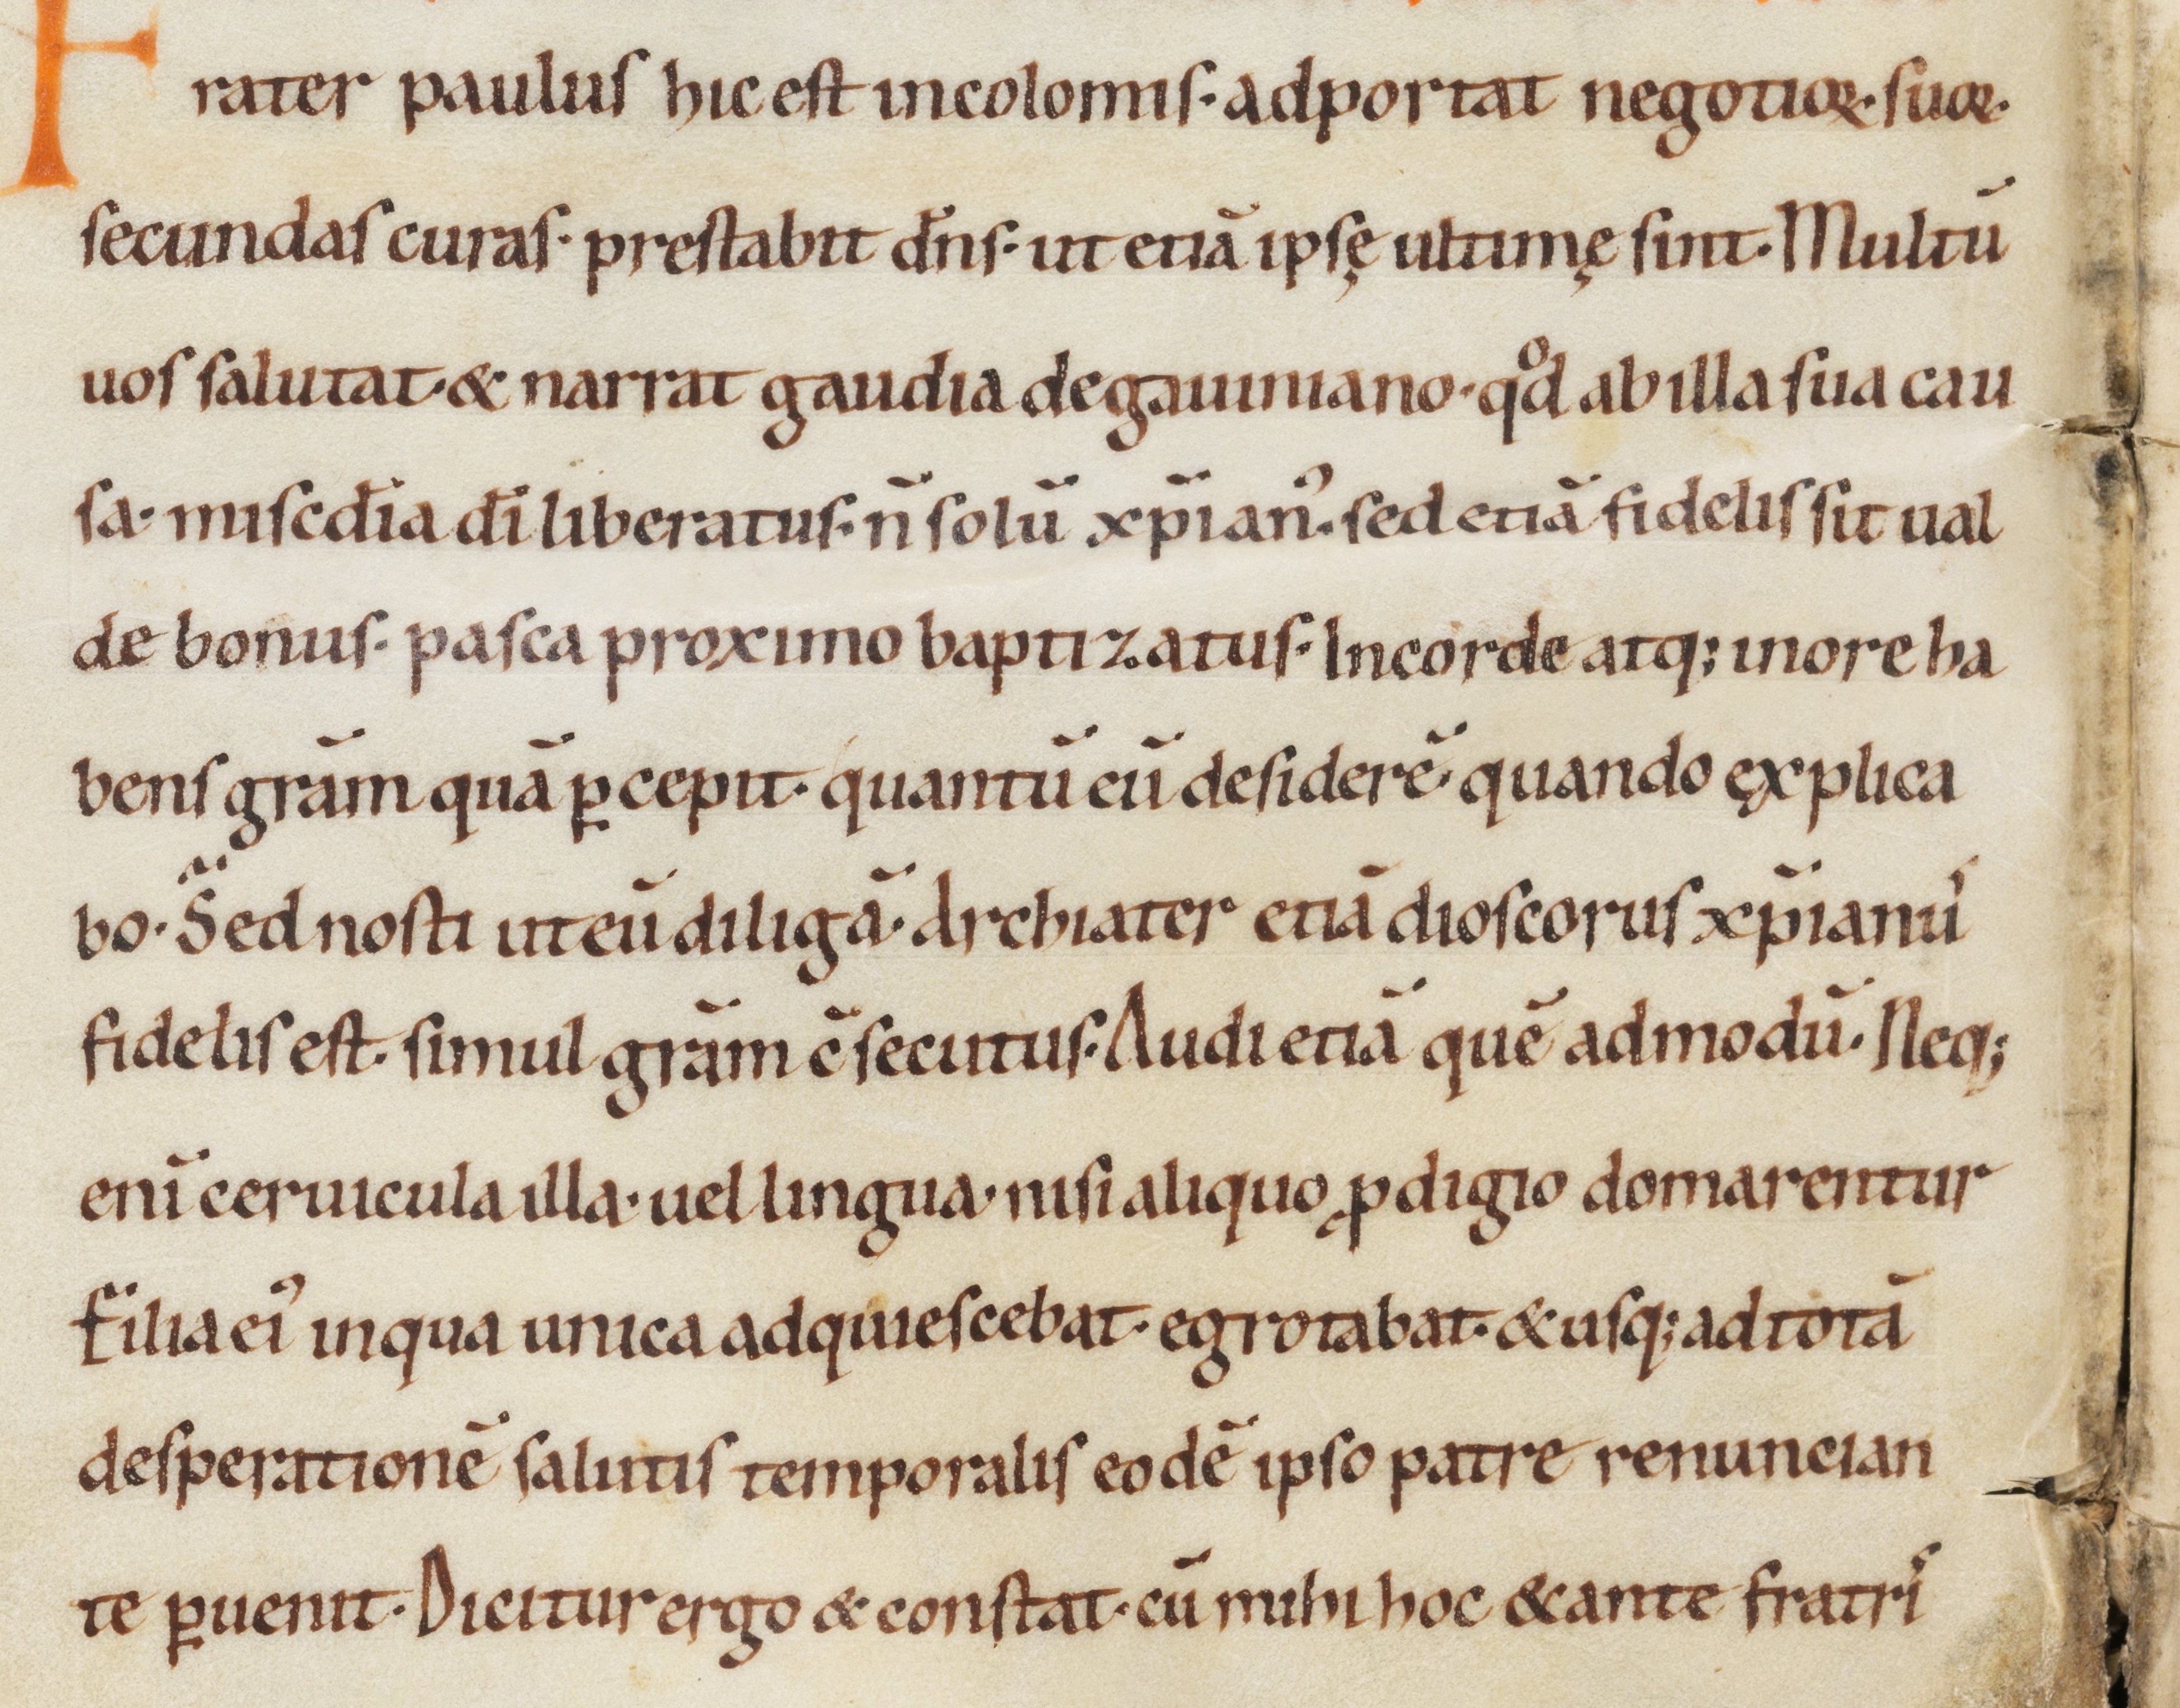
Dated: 1000–1099